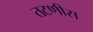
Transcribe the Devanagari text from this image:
तटणीस